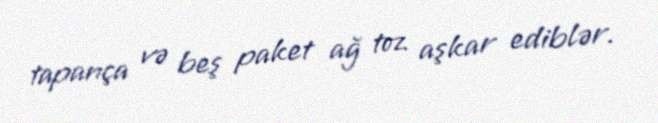
tapança və beş paket ağ toz aşkar ediblər.